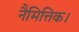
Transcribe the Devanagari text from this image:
नैमित्तिक।